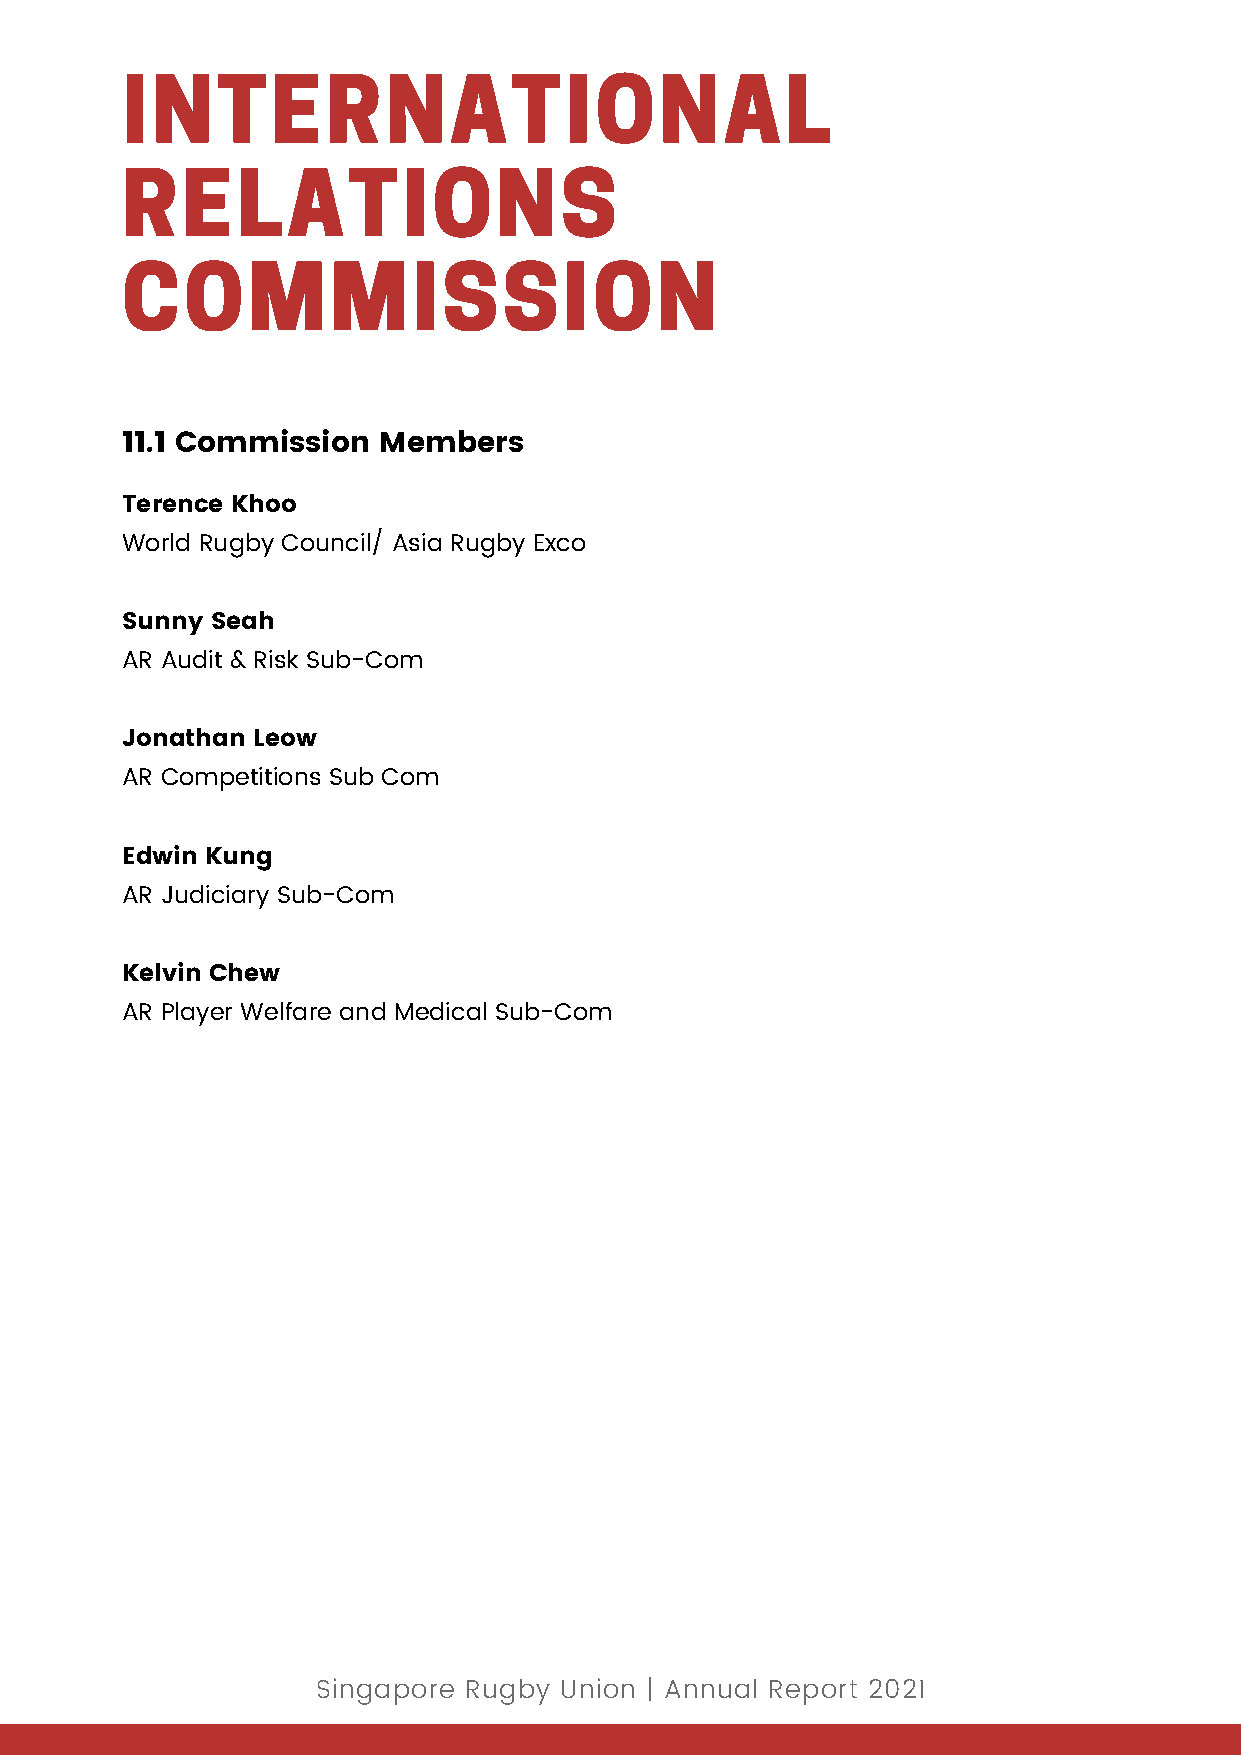
INTERNATIONAL
 RELATIONS
 COMMISSION
 11.1 Commission  Members
 Terence Khoo
 World Rugby Council/ Asia Rugby Exco
 Sunny Seah
 AR Audit & Risk Sub-Com
 Jonathan Leow
 AR Competitions Sub Com
 Edwin Kung
 AR Judiciary Sub-Com
 Kelvin Chew
 AR Player Welfare and Medical Sub-Com
 Singapore Rugby Union | Annual Report 2021